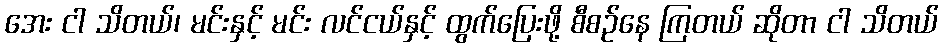
အေး ငါ သိတယ်၊ မင်းနှင့် မင်း လင်ငယ်နှင့် ထွက်ပြေးဖို့ စီစဉ်နေ ကြတယ် ဆိုတာ ငါ သိတယ်